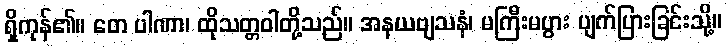
ရှိကုန်၏။ တေ ပါဏာ၊ ထိုသတ္တဝါတို့သည်။ အနယဗျသနံ၊ မကြီးမပွား ပျက်ပြားခြင်းသို့။